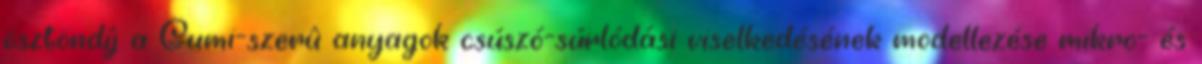
ösztöndíj a Gumi-szerû anyagok csúszó-súrlódási viselkedésének modellezése mikro- és